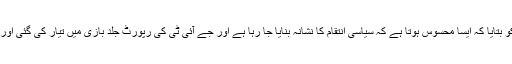
فاروق ایچ نائیک نے عدالت کو بتایا کہ ایسا محسوس ہوتا ہے کہ سیاسی انتقام کا نشانہ بنایا جا رہا ہے اور جے آئی ٹی کی رپورٹ جلد بازی میں تیار کی گئی اور کا کوئی جواز سمجھ نہیں آیا۔